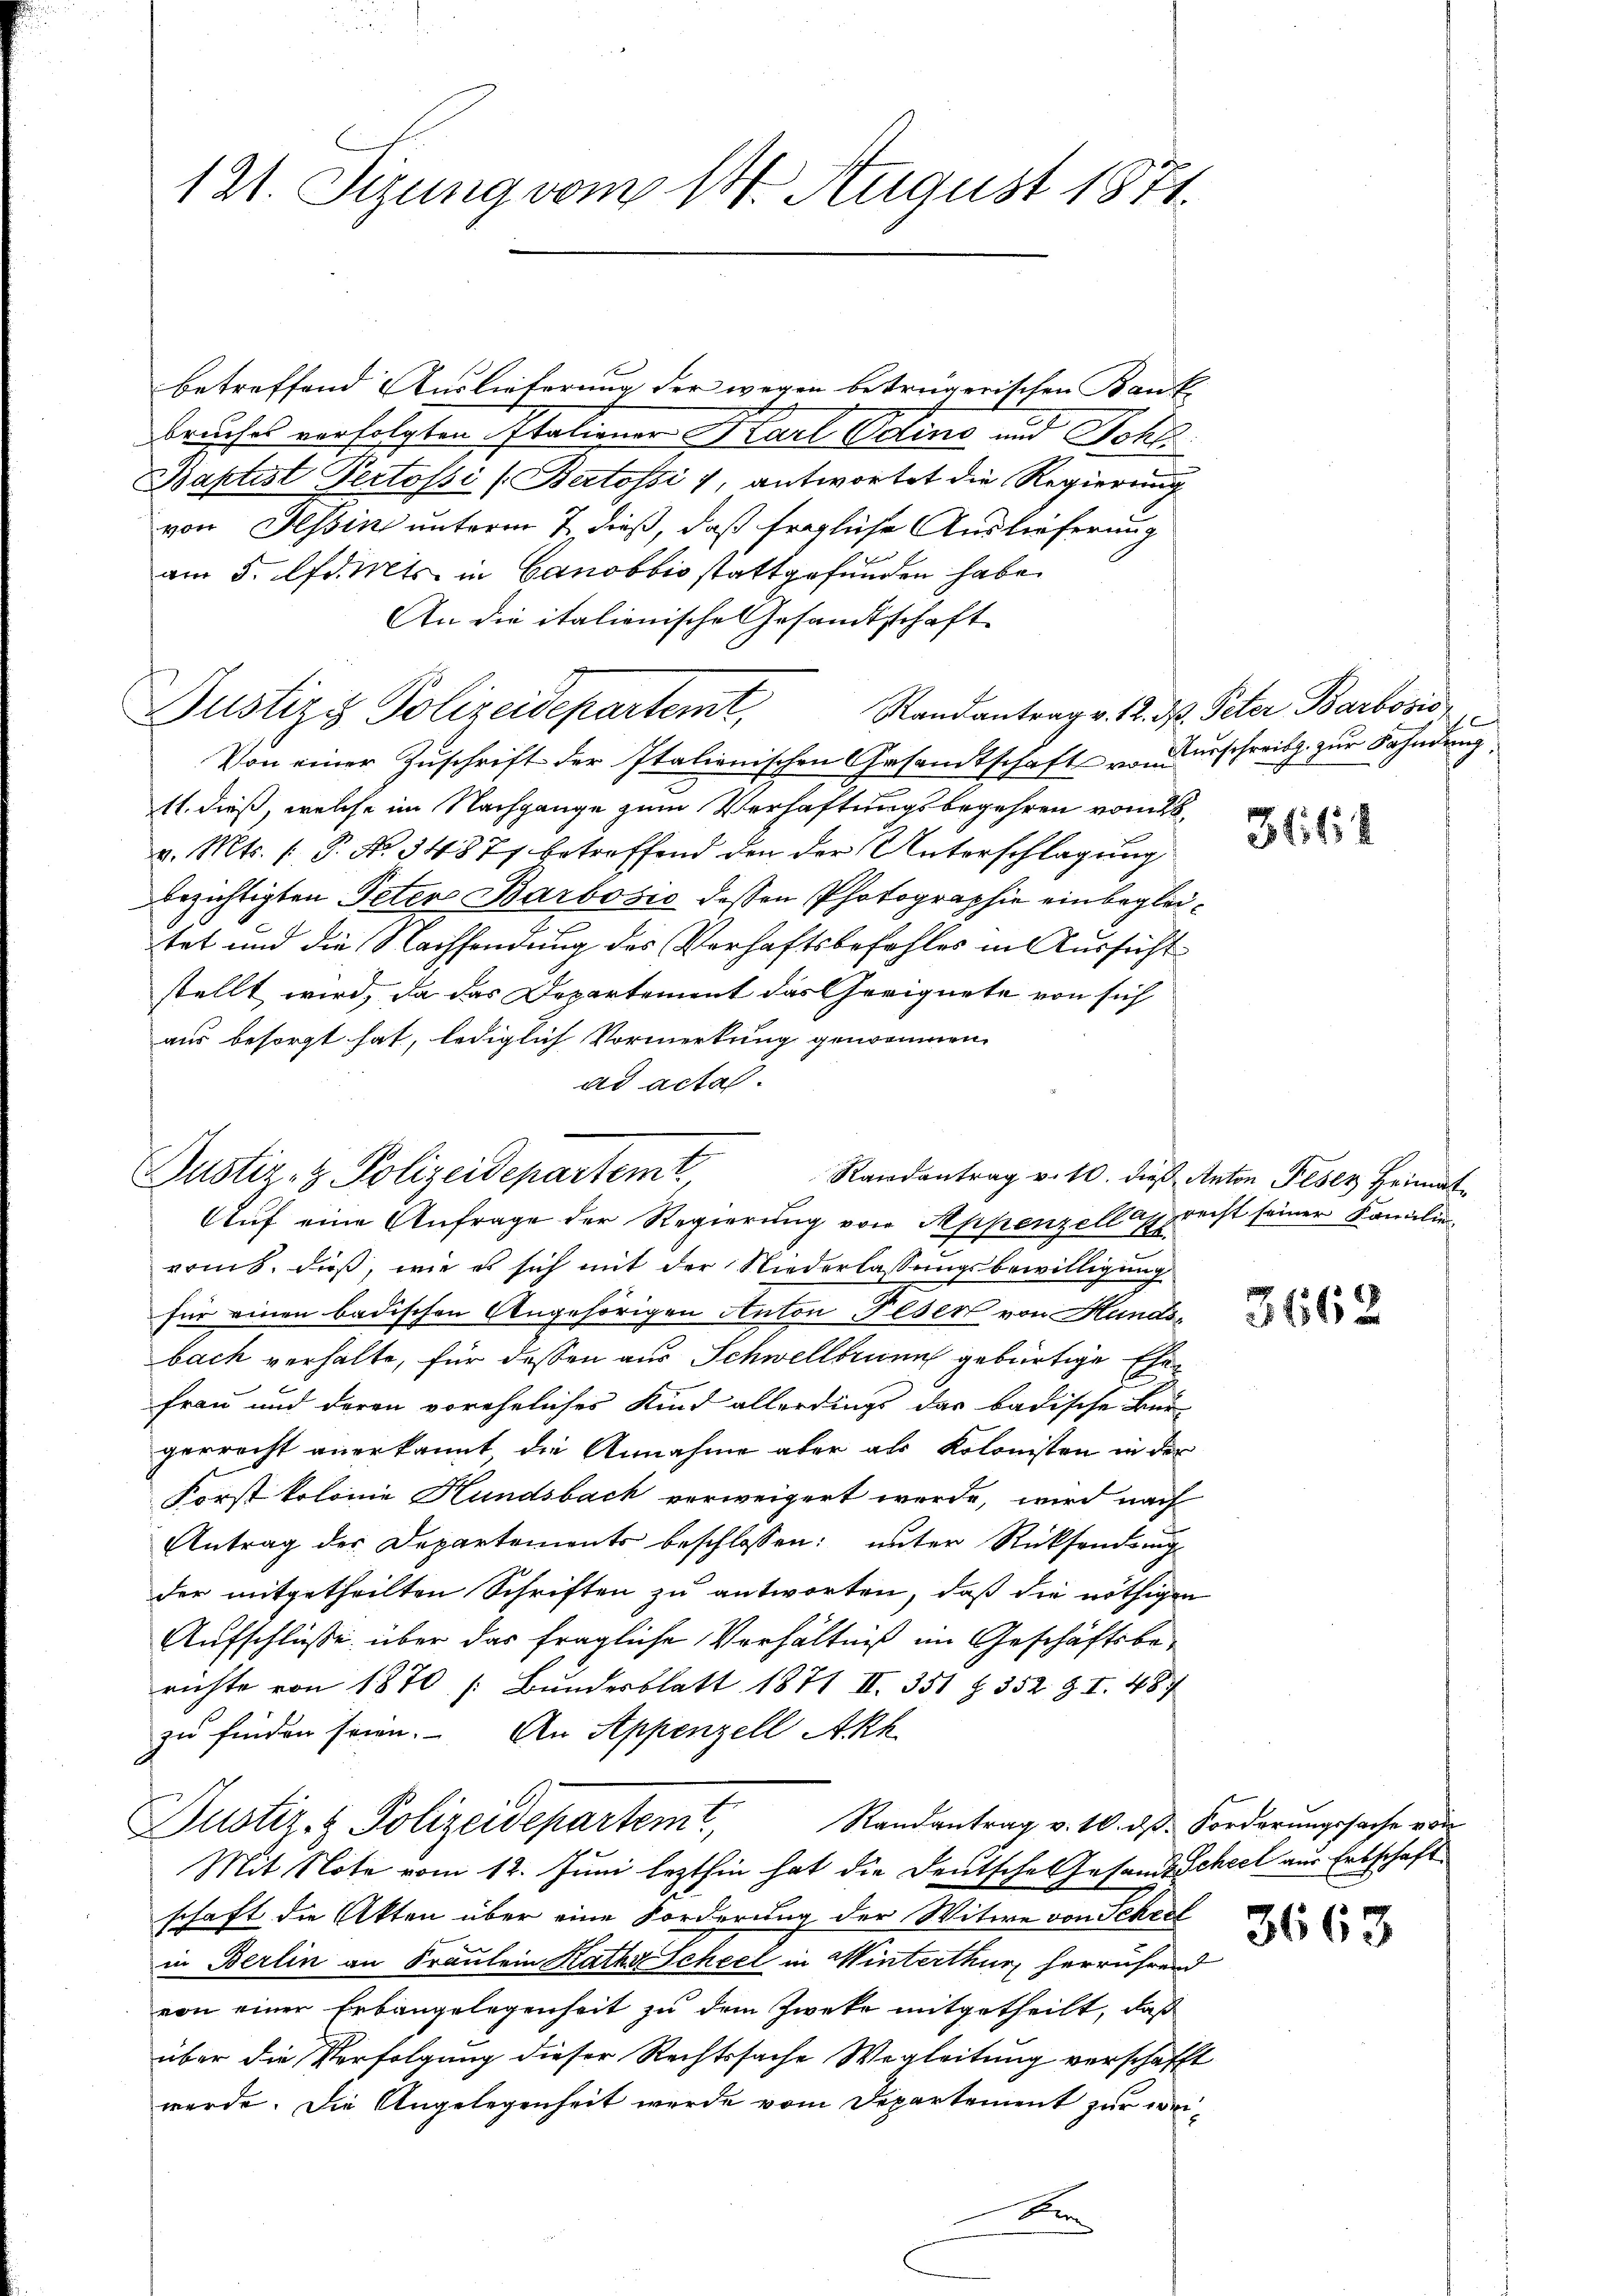
121. Sizung vom 14. August 1871.

betreffend Auslieferung der wegen betrügerischen Kant
E
bruches verfolgten Italiener Karl Poline und Schl
Baptist Pertossi (Bertossi 7, antwortet die Regierung
von Hessin unterm 7. dieß, daß fragliche Auslieferung
am 5. d. Mts. in Canobbio stattgefunden habe.
An die italienische Gesamtschaft
Justiz & Polizeidepartemt,
Von einer Zuschrift der Italionischen Gesandtschafts von erschreib zur Fahndung
11. dieß, welche im Nachgange zum Verhaftungsbegehren vom 28.
v. Mts. (T. No. 34877 betreffend den der Unterschlagung
bezichtigten Peter Barbosio dessen Photographie einbeglei¬
2
tet und die Nachsendung des Verhaftsbefehles in Aussicht
stellt wird, da das Departement das Geeignete von sich
aus besorgt hat, lediglich Vormerkung genommen
ad acta.
Aŭf eine Anfrage der Regierung von Appenzellagrecht seiner Familie
romb. dieß, wie es sich mit der Niederlassungsbewilligung
für einen badischen Angehörigen Anton Feser von Handsbach verhalte, für dessen aus Schwellbrunn gebürtige Ehe¬
Frau und deren voreheliches Kind allerdings das badische Bür
gerrecht anerkannt die Annahme aber als Kolonisten in der
Forst kolonie Hundsbach verweigert werde, wird nach
Antrag der Departements beschlossen: unter Rücksendung
der mitgetheilten Schriften zu antworten, daß die nöthigen
Aufschlüsse über das fragliche Verhältniß im Geschäftsberichte von 1870 /: Bundesblatt 1871 III. 351 § 352 Z I 487
zu finden seien. An Appenzell Akh
Justiz- & Polizeidepartem Randantrag v. 10. dβ. Forderungsache von
Mit Note vom 12. Juni lezthin hat die Deutsche Gesandtscheel aus Erbschaft
schaft die Akten über eine Forderung der Witwe von Schrif
in Berlin an Fraulein Raths Scheel in Winterthur herrührend
von einer Erbaugelegenheit zu dem Zwecke mitgetheilt, daß
über die Verfolgung dieser Rechtssache Wegleitung verschafft
werde. Die Angelegenheit werde vom Departement zur wei¬
Be

Justiz- & Polizeidepartemt.

Randantrag v. 12. d. Peter Barbosis

31112

Randantrag v. 10. dieß Anton Feser Heimat¬

3162

3663